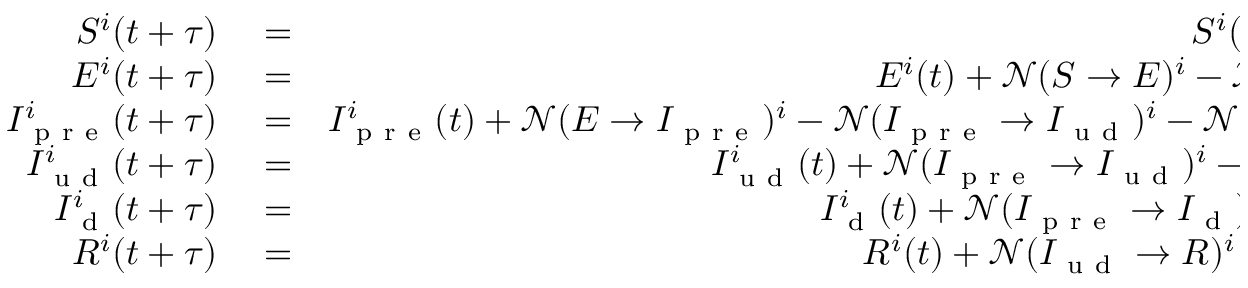
\begin{array} { r l r } { S ^ { i } ( t + \tau ) } & { { } = } & { S ^ { i } ( t ) - \mathcal { N } ( S \rightarrow E ) ^ { i } , } \\ { E ^ { i } ( t + \tau ) } & { { } = } & { E ^ { i } ( t ) + \mathcal { N } ( S \rightarrow E ) ^ { i } - \mathcal { N } ( E \rightarrow I _ { \mathrm { ~ p ~ r ~ e ~ } } ) ^ { i } , } \\ { I _ { \mathrm { ~ p ~ r ~ e ~ } } ^ { i } ( t + \tau ) } & { { } = } & { I _ { \mathrm { ~ p ~ r ~ e ~ } } ^ { i } ( t ) + \mathcal { N } ( E \rightarrow I _ { \mathrm { ~ p ~ r ~ e ~ } } ) ^ { i } - \mathcal { N } ( I _ { \mathrm { ~ p ~ r ~ e ~ } } \rightarrow I _ { \mathrm { ~ u ~ d ~ } } ) ^ { i } - \mathcal { N } ( I _ { \mathrm { ~ p ~ r ~ e ~ } } \rightarrow I _ { \mathrm { ~ d ~ } } ) ^ { i } , } \\ { I _ { \mathrm { ~ u ~ d ~ } } ^ { i } ( t + \tau ) } & { { } = } & { I _ { \mathrm { ~ u ~ d ~ } } ^ { i } ( t ) + \mathcal { N } ( I _ { \mathrm { ~ p ~ r ~ e ~ } } \rightarrow I _ { \mathrm { ~ u ~ d ~ } } ) ^ { i } - \mathcal { N } ( I _ { \mathrm { ~ u ~ d ~ } } \rightarrow R ) ^ { i } , } \\ { I _ { \mathrm { ~ d ~ } } ^ { i } ( t + \tau ) } & { { } = } & { I _ { \mathrm { ~ d ~ } } ^ { i } ( t ) + \mathcal { N } ( I _ { \mathrm { ~ p ~ r ~ e ~ } } \rightarrow I _ { \mathrm { ~ d ~ } } ) ^ { i } - \mathcal { N } ( I _ { d } \rightarrow R ) ^ { i } , } \\ { R ^ { i } ( t + \tau ) } & { { } = } & { R ^ { i } ( t ) + \mathcal { N } ( I _ { \mathrm { ~ u ~ d ~ } } \rightarrow R ) ^ { i } + \mathcal { N } ( I _ { \mathrm { ~ d ~ } } \rightarrow R ) ^ { i } . } \end{array}